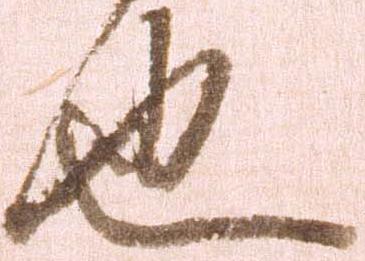
也